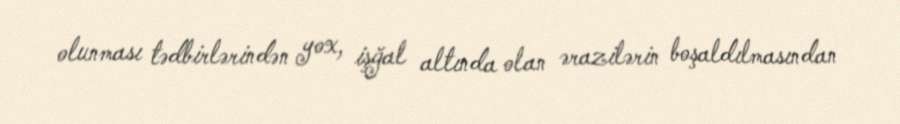
olunması tədbirlərindən yox, işğal altında olan ərazilərin boşaldılmasından